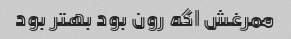
ممرغش اگه رون بود بهتر بود